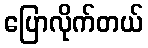
ပြောလိုက်တယ်